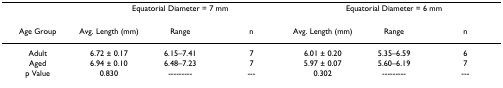
<table><thead><tr><td></td><td colspan="3"><b>Equatorial Diameter = 7 mm</b></td><td colspan="3"><b>Equatorial Diameter = 6 mm</b></td></tr></thead><tbody><tr><td>Age Group</td><td>Avg. Length (mm)</td><td>Range</td><td>n</td><td>Avg. Length (mm)</td><td>Range</td><td>n</td></tr><tr><td>Adult</td><td>6.72 ± 0.17</td><td>6.15–7.41</td><td>7</td><td>6.01 ± 0.20</td><td>5.35–6.59</td><td>6</td></tr><tr><td>Aged</td><td>6.94 ± 0.10</td><td>6.48–7.23</td><td>7</td><td>5.97 ± 0.07</td><td>5.60–6.19</td><td>7</td></tr><tr><td>p Value</td><td>0.830</td><td>---------</td><td>---</td><td>0.302</td><td>---------</td><td>---</td></tr></tbody></table>